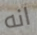
انه